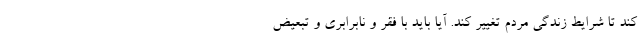
کند تا شرایط زندگی مردم تغییر کند. آیا باید با فقر و نابرابری و تبعیض